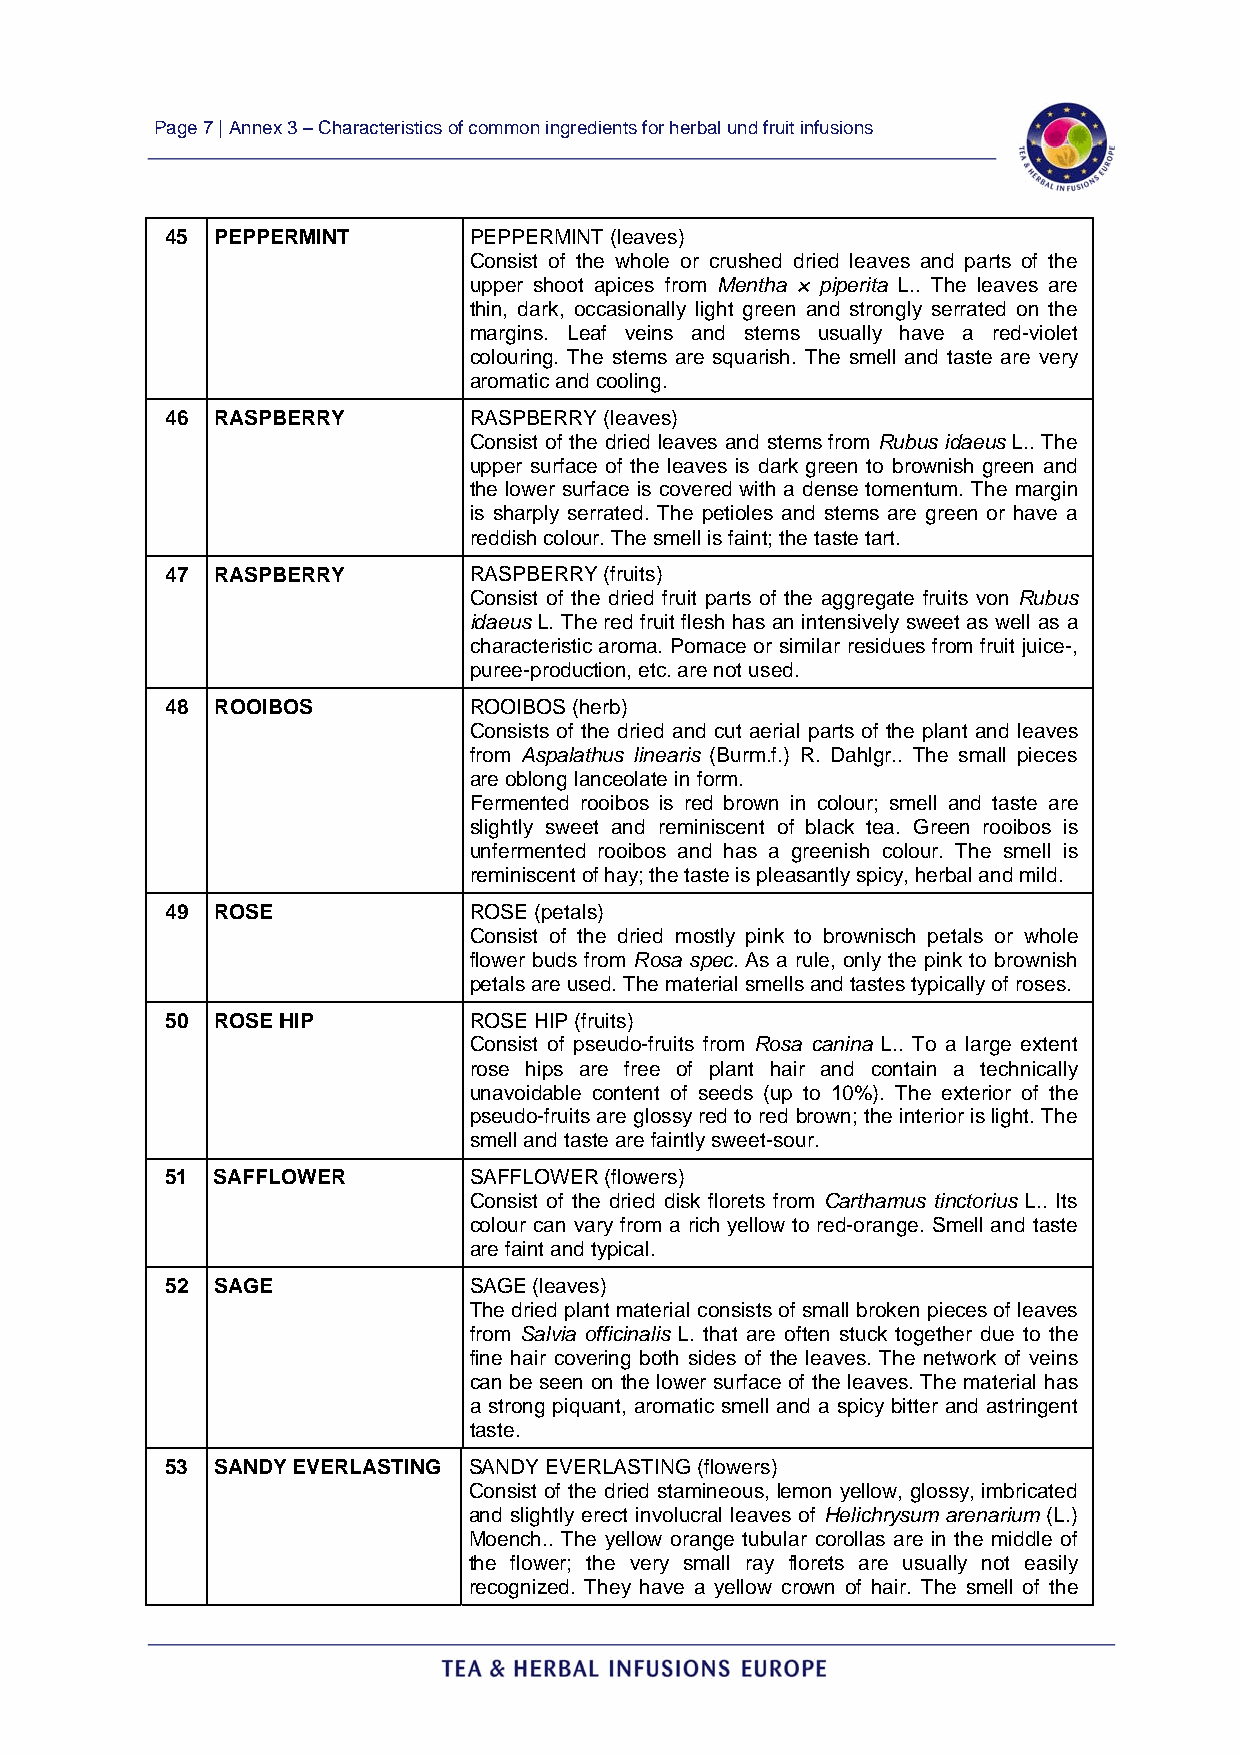
Page 7 | Annex 3 – Characteristics of common ingredients for herbal und fruit infusions
 45 PEPPERMINT       PEPPERMINT (leaves)
 Consist of the whole or crushed dried leaves and parts of the
 upper shoot apices from Mentha × piperita L.. The leaves are
 thin, dark, occasionally light green and strongly serrated on the
 margins. Leaf veins and stems usually have a red-violet
 colouring. The stems are squarish. The smell and taste are very
 aromatic and cooling.
 46 RASPBERRY        RASPBERRY (leaves)
 Consist of the dried leaves and stems from Rubus idaeus L.. The
 upper surface of the leaves is dark green to brownish green and
 the lower surface is covered with a dense tomentum. The margin
 is sharply serrated. The petioles and stems are green or have a
 reddish colour. The smell is faint; the taste tart.
 47 RASPBERRY        RASPBERRY (fruits)
 Consist of the dried fruit parts of the aggregate fruits von Rubus
 idaeus L. The red fruit flesh has an intensively sweet as well as a
 characteristic aroma. Pomace or similar residues from fruit juice-,
 puree-production, etc. are not used.
 48 ROOIBOS          ROOIBOS (herb)
 Consists of the dried and cut aerial parts of the plant and leaves
 from Aspalathus linearis (Burm.f.) R. Dahlgr.. The small pieces
 are oblong lanceolate in form.
 Fermented rooibos is red brown in colour; smell and taste are
 slightly sweet and reminiscent of black tea. Green rooibos is
 unfermented rooibos and has a greenish colour. The smell is
 reminiscent of hay; the taste is pleasantly spicy, herbal and mild.
 49 ROSE             ROSE (petals)
 Consist of the dried mostly pink to brownisch petals or whole
 flower buds from Rosa spec. As a rule, only the pink to brownish
 petals are used. The material smells and tastes typically of roses.
 50 ROSE HIP         ROSE HIP (fruits)
 Consist of pseudo-fruits from Rosa canina L.. To a large extent
 rose hips are free of plant hair and contain a technically
 unavoidable content of seeds (up to 10%). The exterior of the
 pseudo-fruits are glossy red to red brown; the interior is light. The
 smell and taste are faintly sweet-sour.
 51 SAFFLOWER        SAFFLOWER (flowers)
 Consist of the dried disk florets from Carthamus tinctorius L.. Its
 colour can vary from a rich yellow to red-orange. Smell and taste
 are faint and typical.
 52 SAGE             SAGE (leaves)
 The dried plant material consists of small broken pieces of leaves
 from Salvia officinalis L. that are often stuck together due to the
 fine hair covering both sides of the leaves. The network of veins
 can be seen on the lower surface of the leaves. The material has
 a strong piquant, aromatic smell and a spicy bitter and astringent
 taste.
 53 SANDY EVERLASTING SANDY EVERLASTING (flowers)
 Consist of the dried stamineous, lemon yellow, glossy, imbricated
 and slightly erect involucral leaves of Helichrysum arenarium (L.)
 Moench.. The yellow orange tubular corollas are in the middle of
 the flower; the very small ray florets are usually not easily
 recognized. They have a yellow crown of hair. The smell of the